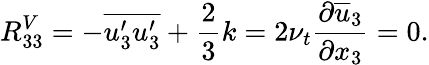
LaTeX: R_{33}^{V}=-\overline{{u_{3}^{\prime}u_{3}^{\prime}}}+\frac{2}{3}k=2\nu_{t}\frac{\partial\overline{{u}}_{3}}{\partial x_{3}}=0.